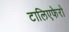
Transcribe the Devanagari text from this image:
टालिएफेरो